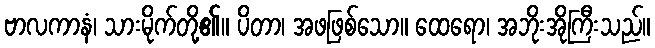
ဗာလကာနံ၊ သားမိုက်တို့၏။ ပိတာ၊ အဖဖြစ်သော။ ထေရော၊ အဘိုးအိုကြီးသည်။